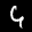
Label: 4